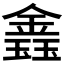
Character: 𨫎